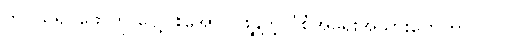
ဘဝသရုပ်ဖော်ကို ပေါ့ပါးအောင် ဖွဲ့နွဲ့တဲ့ ပုံစံအရေးအသားတွေဟာ ၂၀၀၀